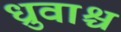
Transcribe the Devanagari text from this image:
ध्रुवाश्च